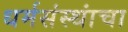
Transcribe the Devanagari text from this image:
धर्मसंस्थांचा